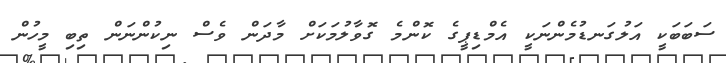
ސަބަބަކީ އަލުގަނޑުމެންނަކީ އެމްޑިޕީގެ ކޮންމެ ގޮވާލުމަކަށް މާދަން ވެސް ނިކުންނަން ތިބި މީހުން